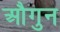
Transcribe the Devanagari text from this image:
औगुन